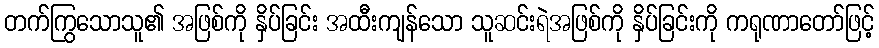
တက်ကြွသောသူ၏ အဖြစ်ကို နှိပ်ခြင်း အထီးကျန်သော သူဆင်းရဲအဖြစ်ကို နှိပ်ခြင်းကို ကရုဏာတော်ဖြင့်